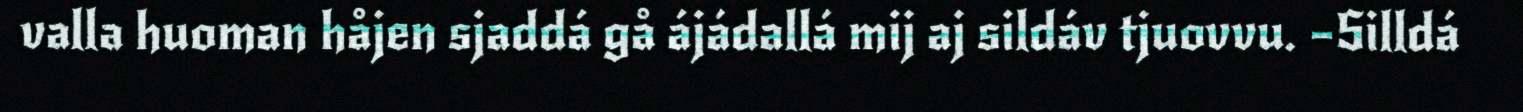
valla huoman håjen sjaddá gå ájádallá mij aj sildáv tjuovvu. –Silldá